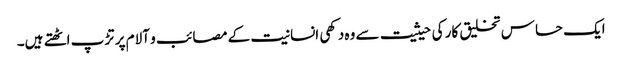
ایک حساس تخلیق کار کی حیثیت سے وہ دکھی انسانیت کے مصائب و آلام پر تڑپ اٹھتے ہیں۔